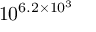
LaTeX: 1 0 ^ { \, \! 6 . 2 \times 1 0 ^ { 3 } }